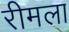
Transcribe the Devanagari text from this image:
रीमला